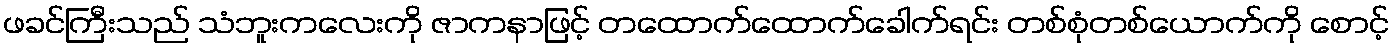
ဖခင်ကြီးသည် သံဘူးကလေးကို ဇာကနာဖြင့် တထောက်ထောက်ခေါက်ရင်း တစ်စုံတစ်ယောက်ကို စောင့်